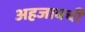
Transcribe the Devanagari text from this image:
अहजाबची